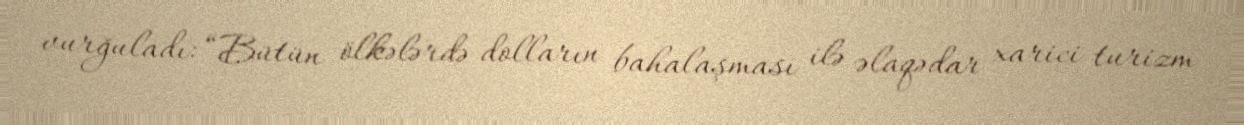
vurğuladı: “Bütün ölkələrdə dolların bahalaşması ilə əlaqədar xarici turizm